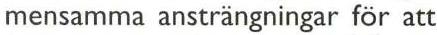
mensamma ansträngningar för att